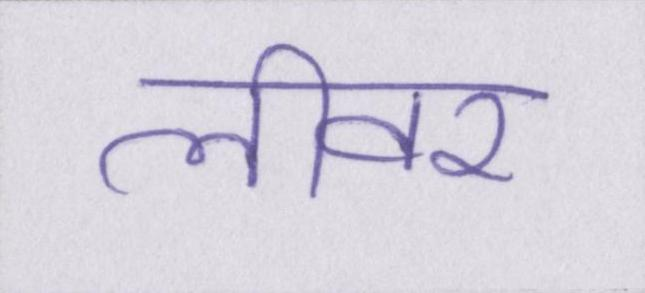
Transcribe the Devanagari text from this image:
लीवर